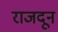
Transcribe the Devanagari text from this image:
राजदून